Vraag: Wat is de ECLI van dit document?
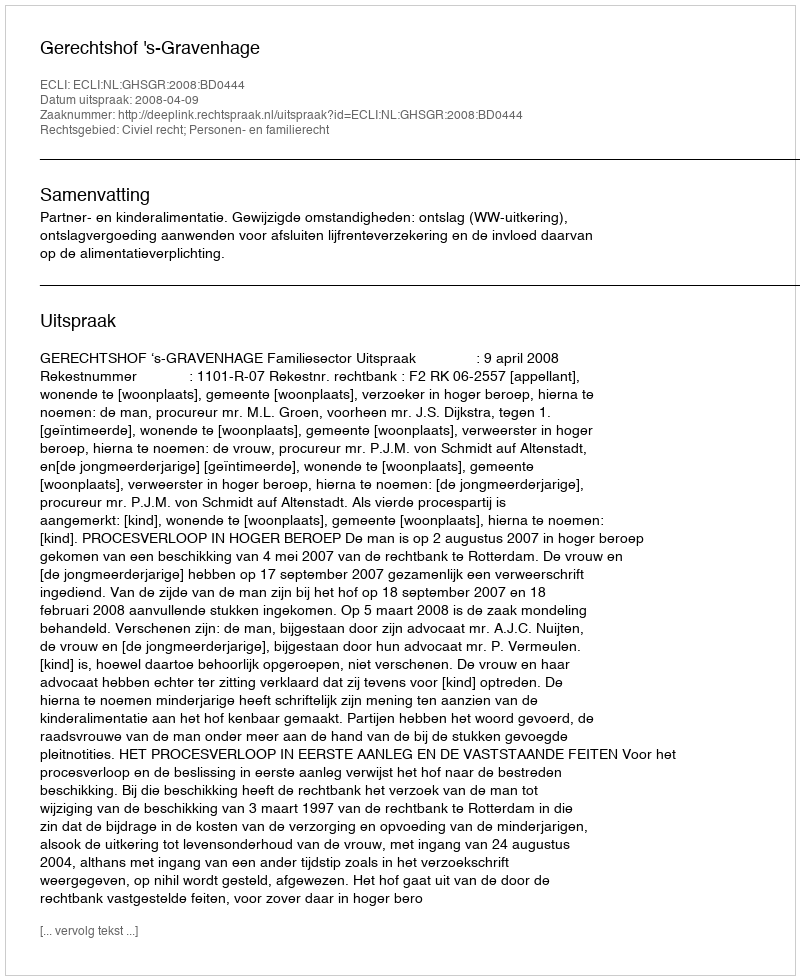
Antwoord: ECLI:NL:GHSGR:2008:BD0444